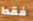
فقط